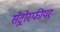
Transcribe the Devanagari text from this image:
सेंट्रोस्फीयर